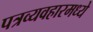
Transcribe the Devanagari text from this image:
पत्रव्यवहारमध्ये